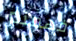
فهمتم